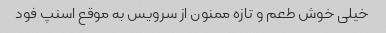
خیلی خوش طعم و تازه ممنون از سرویس به موقع اسنپ فود